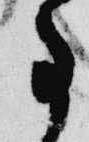
事